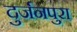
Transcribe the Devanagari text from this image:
दुर्जनपुरा